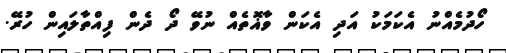
ހޯދުމެއްނު އެކަމަކު އަދި އެކަން ވާޣޮތެއް ނުވޭ ދޯ ދެން ފިއްތާލައިން ހުރޭ.